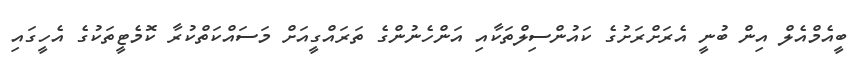
ބީއެމްއެލް އިން ބުނީ އެރަށްރަށުގެ ކައުންސިލްތަކާއި އަންހެނުންގެ ތަރައްގީއަށް މަސައްކަތްކުރާ ކޮމެޓީތަކުގެ އެހީގައި